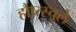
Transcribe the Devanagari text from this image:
हौप्त्स्चुले